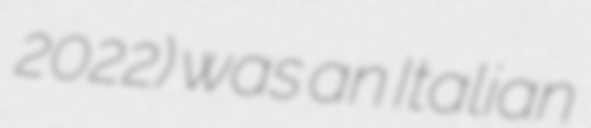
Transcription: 2022) was an Italian